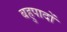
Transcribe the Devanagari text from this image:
बहुपादों